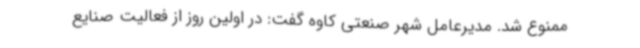
ممنوع شد. مدیرعامل شهر صنعتی کاوه گفت: در اولین روز از فعالیت صنایع